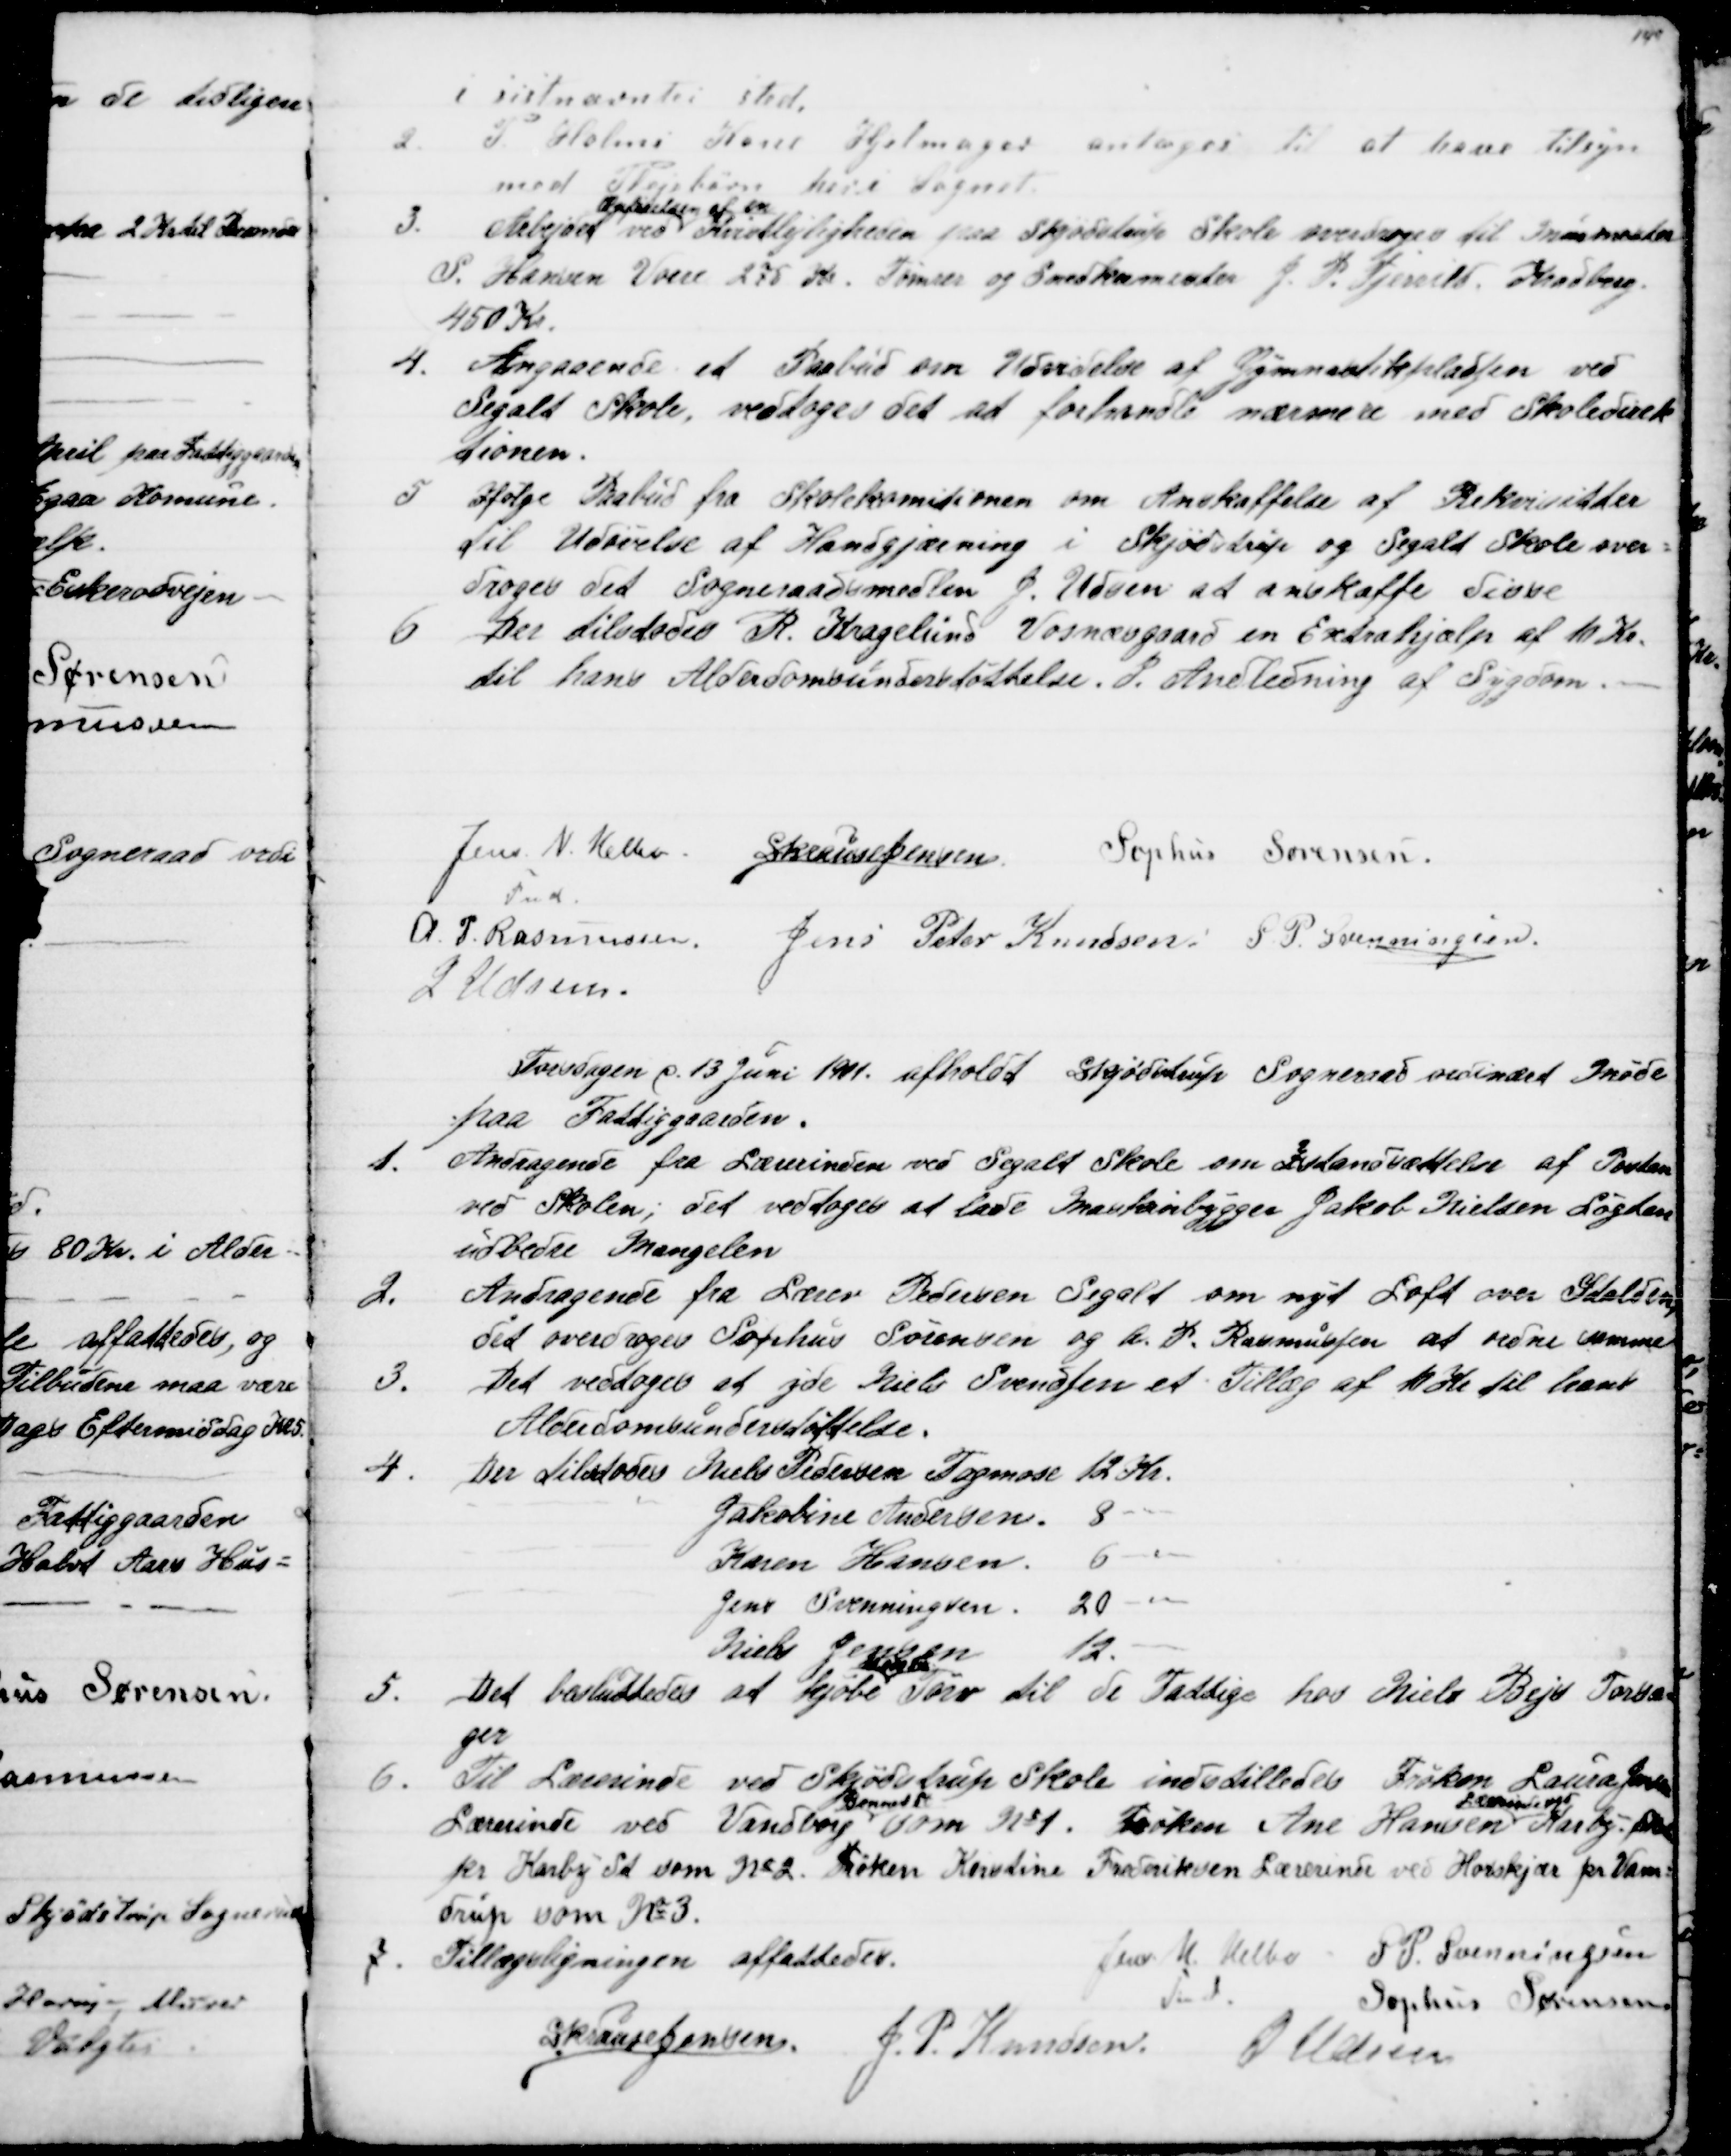
Transskription:
i sistnævntes sted.
2.
P Holms Kone Hjelmager antages til at have tilsyn
med Plejebørn heri Sognet.
3. 
Arbejdet ved 
Opførelsen af en
Kvistlejligheden ved Skødstrup Skole overdroges til Murermester
S. Hansen Vorre 275 Kr. Tømrer og Snedkermester J. P. Tjerrild, Kradberg.
450 Kr.
4. Angaaende et Paabud om Udvidelse af Gymnastikpladsen ved
Segalt Skole, vedtoges det at forhandle nærmere med Skoledirek
tionen.
5
Ifølge Paabud fra Skolekomitionen om Anskaffelse af Rekvisitter
til Udøvelse af Handgjærning i Skjødstrup og Segalt Skole over=
droges det Sogneraadsmedlem J. Udsen at anskaffe disse
6
Der tilstodes R. Kragelund Vosnæsgaard en Extrahjælp af 10 Kr.
til hans Alderdomsunderstøttelse. I. Andledning af Sygdom.
Jens N. Helbo
Fmd.
S. Krause Jensen 
Sophus Sørensen.
A. P. Rasmussen.
Jens Peter Knudsen: S. P. Svenningsen.
J Udsen.
Torsdagen d. 13 Juni 1901. afholdt Skjødstrup Sogneraad ordinært Møde
paa Fattiggaarden.
1.
Andragende fra Lærerinden ved Segalt Skole om Istandsættelse af Porten
ved Skolen; det vedtoges at lade Maskinbygger Jakob Nielsen Løgten
udbedre Mangelen
2.
Andragende fra Lærer Pedersen Segalt om nyt Loft over Stalden
Det overdroges Sophus Sørensen og A. P. Rasmussen at ordne samme
3.
Det vedtoges at yde Niels Svendsen et Tillæg af 10 Kr til hans
Alderdomsunderstøttelse.
4.
Der tilstodes Niels Pedersen Tagmose 12 Kr.
Jakobine Andersen. 8 "
Karen Hansen.
6 "
Jens Svenningsen 
20 "
Niels Jensen
12. "
5. Det besluttedes af kjøbe 

Tørv til de Fattige hos Niels Bejs Torsa
ger
6. 
Til Lærerinde ved Skødstrup Skole indstilledes Frøken Laura Jensen
Lærerinde ved Vandborg 
Bonnet St.
som №1. Frøken Ane Hansen 
Lærerinde ved
Karby Skole
pr Karby St. som № 2. Frøken Kirstine Frederiksen Lærerinde ved Horskjær pr Vam=
drup som № 3.
7.
Tillægsligningen affattedes.
Jens N. Helbo 
Fmd
S. P. Svenningsen
Sophus Sørensen
S. Krause Jensen J. P. Knudsen. J. Udsen